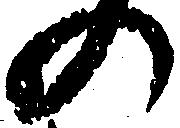
の